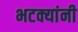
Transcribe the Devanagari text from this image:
भटक्यांनी